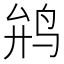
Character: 𱉡